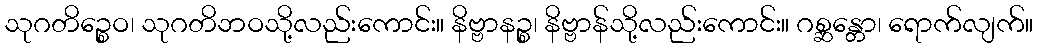
သုဂတိဉ္စေဝ၊ သုဂတိဘဝသို့လည်းကောင်း။ နိဗ္ဗာနဉ္စ၊ နိဗ္ဗာန်သို့လည်းကောင်း။ ဂစ္ဆန္တော၊ ရောက်လျက်။